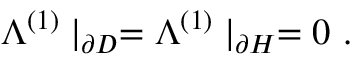
\Lambda ^ { ( 1 ) } \mid _ { \partial D } = \Lambda ^ { ( 1 ) } \mid _ { \partial H } = 0 \ .